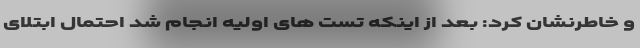
و خاطرنشان کرد: بعد از اینکه تست های اولیه انجام شد احتمال ابتلای